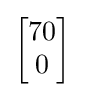
{\begin{bmatrix}70\\0\end{bmatrix}}